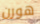
هورن